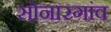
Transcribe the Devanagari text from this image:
सोनारगांव